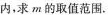
内，求m的取值范围。